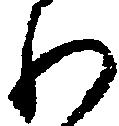
わ